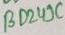
Text: BD249C